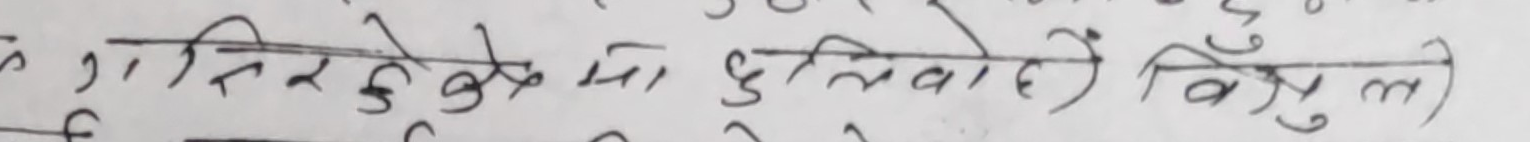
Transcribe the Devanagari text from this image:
गतिरहेकोमा छुट्टियो वाही) विसुल)